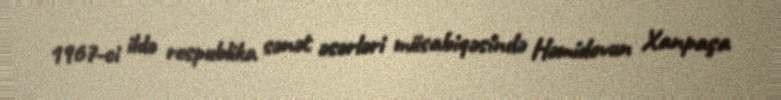
1967-ci ildə respublika sənət əsərləri müsabiqəsində Həmidovun Xanpaşa